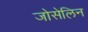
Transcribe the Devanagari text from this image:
जोसेलिन